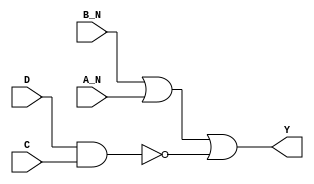
/*
 * Copyright 2020 The SkyWater PDK Authors
 *
 * Licensed under the Apache License, Version 2.0 (the "License");
 * you may not use this file except in compliance with the License.
 * You may obtain a copy of the License at
 *
 *     https://www.apache.org/licenses/LICENSE-2.0
 *
 * Unless required by applicable law or agreed to in writing, software
 * distributed under the License is distributed on an "AS IS" BASIS,
 * WITHOUT WARRANTIES OR CONDITIONS OF ANY KIND, either express or implied.
 * See the License for the specific language governing permissions and
 * limitations under the License.
 *
 * SPDX-License-Identifier: Apache-2.0
*/


`ifndef SKY130_FD_SC_LP__NAND4BB_FUNCTIONAL_V
`define SKY130_FD_SC_LP__NAND4BB_FUNCTIONAL_V

/**
 * nand4bb: 4-input NAND, first two inputs inverted.
 *
 * Verilog simulation functional model.
 */

`timescale 1ns / 1ps
`default_nettype none

`celldefine
module sky130_fd_sc_lp__nand4bb (
    Y  ,
    A_N,
    B_N,
    C  ,
    D
);

    // Module ports
    output Y  ;
    input  A_N;
    input  B_N;
    input  C  ;
    input  D  ;

    // Local signals
    wire nand0_out;
    wire or0_out_Y;

    //   Name   Output     Other arguments
    nand nand0 (nand0_out, D, C               );
    or   or0   (or0_out_Y, B_N, A_N, nand0_out);
    buf  buf0  (Y        , or0_out_Y          );

endmodule
`endcelldefine

`default_nettype wire
`endif  // SKY130_FD_SC_LP__NAND4BB_FUNCTIONAL_V